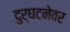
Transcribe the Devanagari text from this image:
दुर्घटनेवर